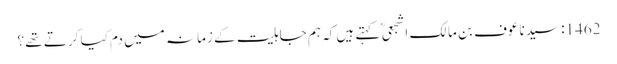
1462: سیدنا عوف بن مالک اشجعیؓ کہتے ہیں کہ ہم جاہلیت کے زمانہ میں دم کیا کرتے تھے ؟